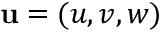
\mathbf { u } = ( u , v , w )